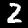
Label: 2